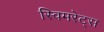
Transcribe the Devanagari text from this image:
स्विमरेट्स